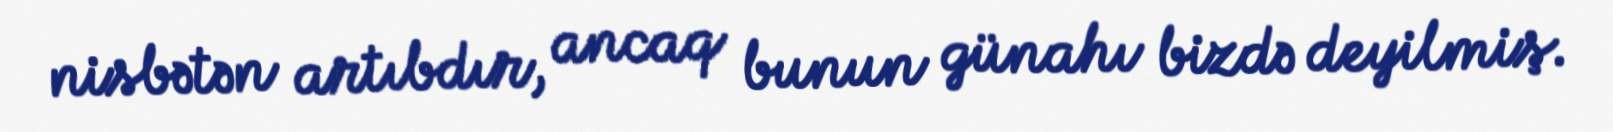
nisbətən artıbdır, ancaq bunun günahı bizdə deyilmiş.